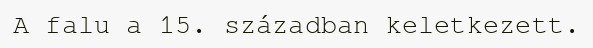
A falu a 15. században keletkezett.